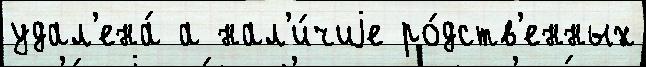
удал'ена́ а нал'и́чиjе ро́дств'енных